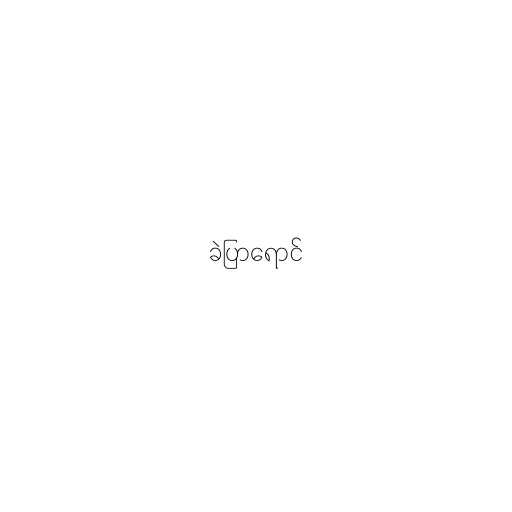
ခဲပြာရောင်